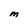
Character: M